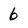
Character: 6